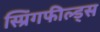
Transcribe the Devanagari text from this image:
स्प्रिंगफील्ड्स